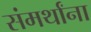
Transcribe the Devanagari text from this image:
संमर्थांना